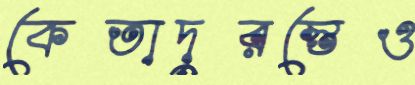
কেতাদুরস্তেও